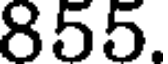
855.